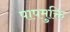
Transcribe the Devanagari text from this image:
पापमुक्ति